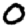
Digit: 0